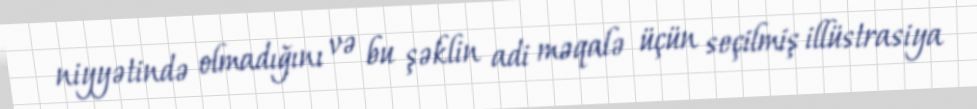
niyyətində olmadığını və bu şəklin adi məqalə üçün seçilmiş illüstrasiya